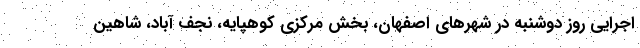
اجرایی روز دوشنبه در شهرهای اصفهان، بخش مرکزی کوهپایه، نجف آباد، شاهین